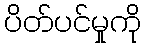
ပိတ်ပင်မှုကို